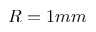
R = 1 m m